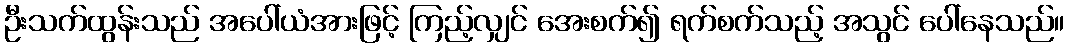
ဦးသက်ထွန်းသည် အပေါ်ယံအားဖြင့် ကြည့်လျှင် အေးစက်၍ ရက်စက်သည့် အသွင် ပေါ်နေသည်။